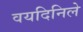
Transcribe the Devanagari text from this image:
वयदिनिले